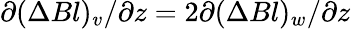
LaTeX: \partial(\Delta Bl)_{v}/\partial z=2\partial(\Delta Bl)_{w}/\partial z